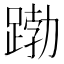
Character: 𮛱